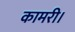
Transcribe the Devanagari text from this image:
कामरी।